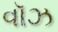
વૉઝ